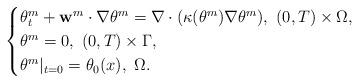
LaTeX: \begin{align*}\begin{cases} \theta^m_t+ \mathbf{w}^m\cdot \nabla\theta^m= \nabla\cdot( \kappa(\theta^m)\nabla \theta^m),\ (0, T)\times \Omega,\\ \theta^m=0, \ (0,T)\times \Gamma,\\ \theta^m|_{t=0}=\theta_0(x),\ \Omega.\end{cases}\end{align*}